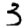
Digit: 3